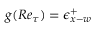
g ( R e _ { \tau } ) = \epsilon _ { x - w } ^ { + }